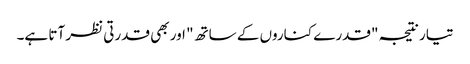
تیار نتیجہ "قدرے کناروں کے ساتھ" اور بھی قدرتی نظر آتا ہے۔